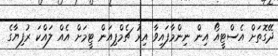
ދޭގޮތަށް އެސްޓީއޯ އިން ނިންމާފައިވާ އިރު ޗެމްޕިއަން ޓީމަށް އެއް ލައްކަ ރުފިޔާގެ